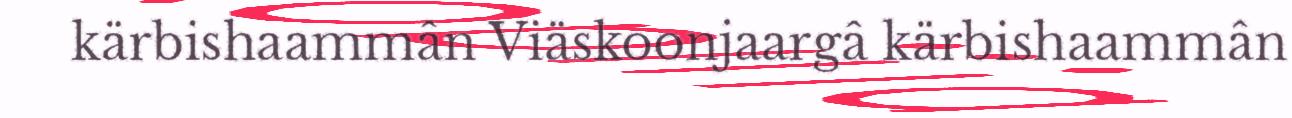
kärbishaammân Viäskoonjaargâ kärbishaammân